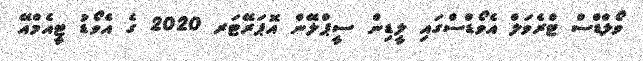
ވޯލްޑްސް ޓްރެވަލް އެވޯޑްސްގައި ލީޑިން ސީޕްލޭން އޮޕަރޭޓަރ 2020 ގެ އެވޯޑު ޓީއެމްއޭ